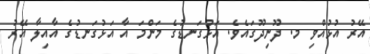
އޭރު އުޅުއްވި މ. ދޫނިދޫގައެވެ. އަޅުގަނޑުގެ މަންމަ އާ އަޅުގަނޑުގެ އާއިލާ އޭރު